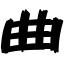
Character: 曲